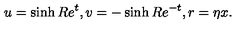
u = \sinh R e ^ { t } , v = - \sinh R e ^ { - t } , r = \eta x .